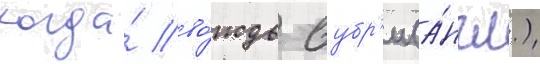
когда́ во́ждь вубр'и (а́нгл.)